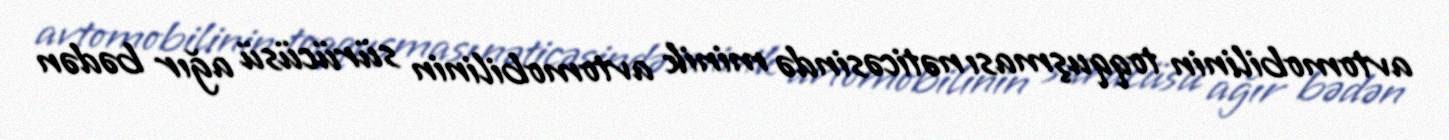
avtomobilinin toqquşması nəticəsində minik avtomobilinin sürücüsü ağır bədən